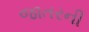
જાતરની